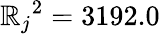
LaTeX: {\mathbb{R}_{j}}^{2}=3192.0